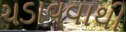
ચડાવવાથી